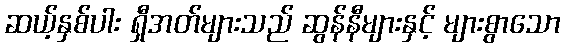
ဆယ့်နှစ်ပါး ရှီအတ်များသည် ဆွန်နီများနှင့် များစွာသော